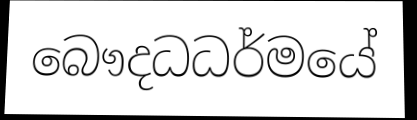
බෞදධධර්මයේ